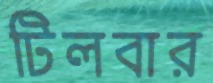
টিলবার